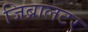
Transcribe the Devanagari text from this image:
जिब्रालटर